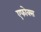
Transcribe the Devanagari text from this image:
एफोक्स